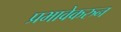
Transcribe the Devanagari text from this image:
प्रभावेकरुन